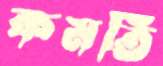
কমতি